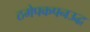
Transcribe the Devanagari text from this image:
ठमेपकपनउद्ध